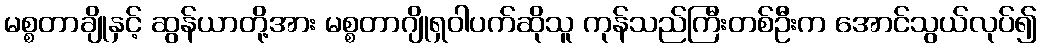
မစ္စတာချိုနှင့် ဆွန်ယာတို့အား မစ္စတာဂျိုရှဝါပက်ဆိုသူ ကုန်သည်ကြီးတစ်ဦးက အောင်သွယ်လုပ်၍